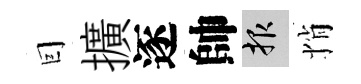
囙擴逐帥報悄